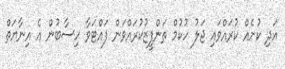
އަދި ކުށެއް ކުރައްވައި ޖަލު ހުކުމް ތަންފީޒުކުރައްވަން ފައްޓަވާ ހިސާބުން އެ އިނާޔަތް